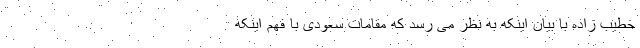
خطیب زاده با بیان اینکه به نظر می رسد که مقامات سعودی با فهم اینکه